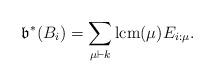
LaTeX: \begin{align*}\mathfrak{b}^*(B_i)=\sum_{\mu\vdash k} \mbox{lcm}(\mu)E_{i:\mu}.\end{align*}